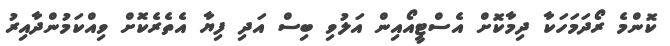
ކޮންމެ ރޯދަމަހަކާ ދިމާކޮށް އެސްޓީއޯއިން އަލުވި ބިސް އަދި ފިޔާ އެތެރެކޮށް ވިއްކަމުންދާއިރު